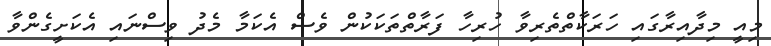
މިއީ މިދާއިރާގައި ހަރަކާތްތެރިވާ ހުރިހާ ފަރާތްތަކަކުން ވެސް އެކަމާ މެދު ވިސްނައި އެކަށީގެންވާ